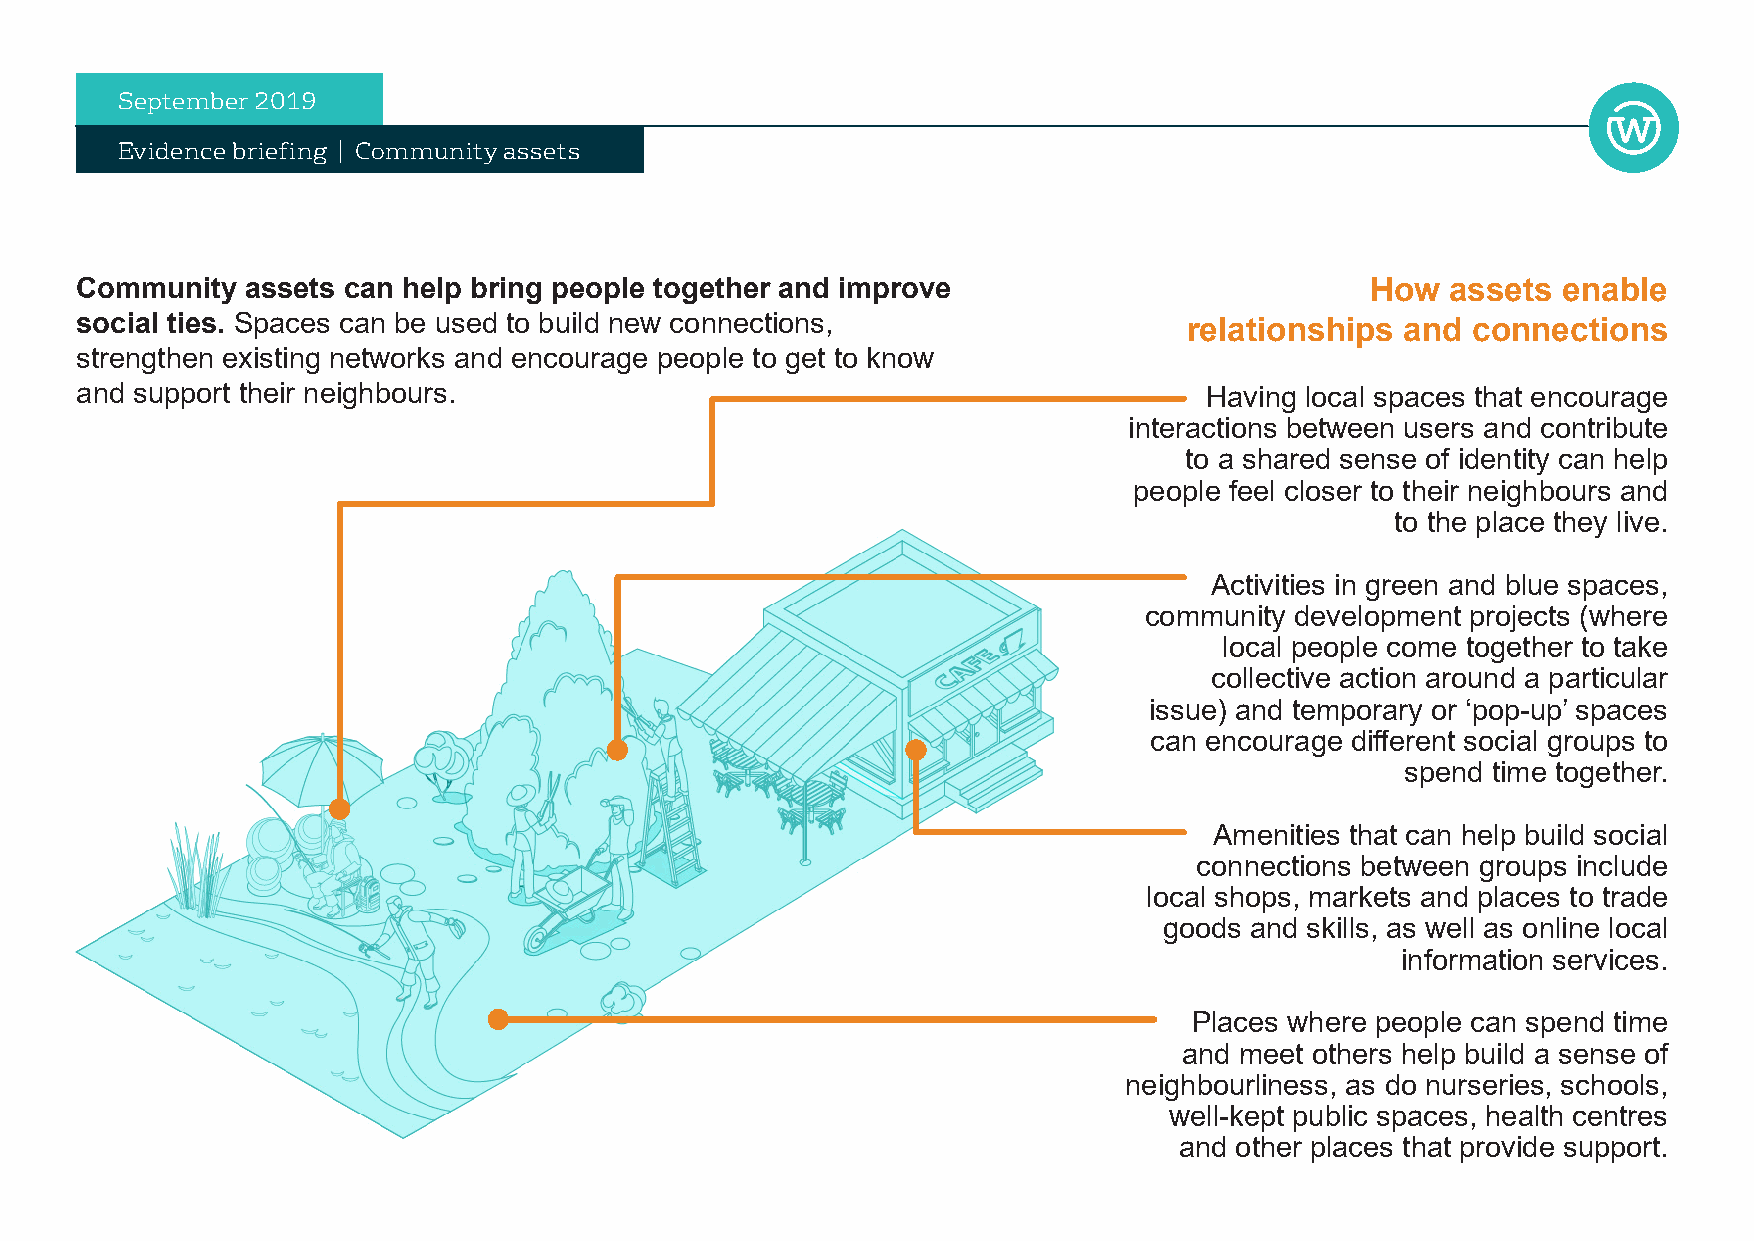
September 2019
 Evidence briefing | Community assets
 Community  assets can help bring people together and improve                          How  assets enable
 social ties. Spaces can be used to build new connections,                 relationships and connections
 strengthen existing networks and encourage people to get to know
 and support their neighbours.                                              Having local spaces that encourage
 interactions between users and contribute
 to a shared sense of identity can help
 people feel closer to their neighbours and
 to the place they live.
 Activities in green and blue spaces,
 community development projects (where
 local people come together to take
 collective action around a particular
 issue) and temporary or ‘pop-up’ spaces
 can encourage different social groups to
 spend time together.
 Amenities that can help build social
 connections between groups include
 local shops, markets and places to trade
 goods and skills, as well as online local
 information services.
 Places where people can spend time
 and meet others help build a sense of
 neighbourliness, as do nurseries, schools,
 well-kept public spaces, health centres
 and other places that provide support.